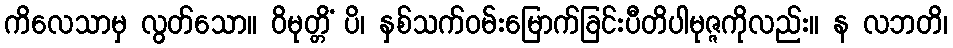
ကိလေသာမှ လွတ်သော။ ဝိမုတ္တိံ ပိ၊ နှစ်သက်ဝမ်းမြောက်ခြင်းပီတိပါမုဇ္ဇကိုလည်း။ န လဘတိ၊